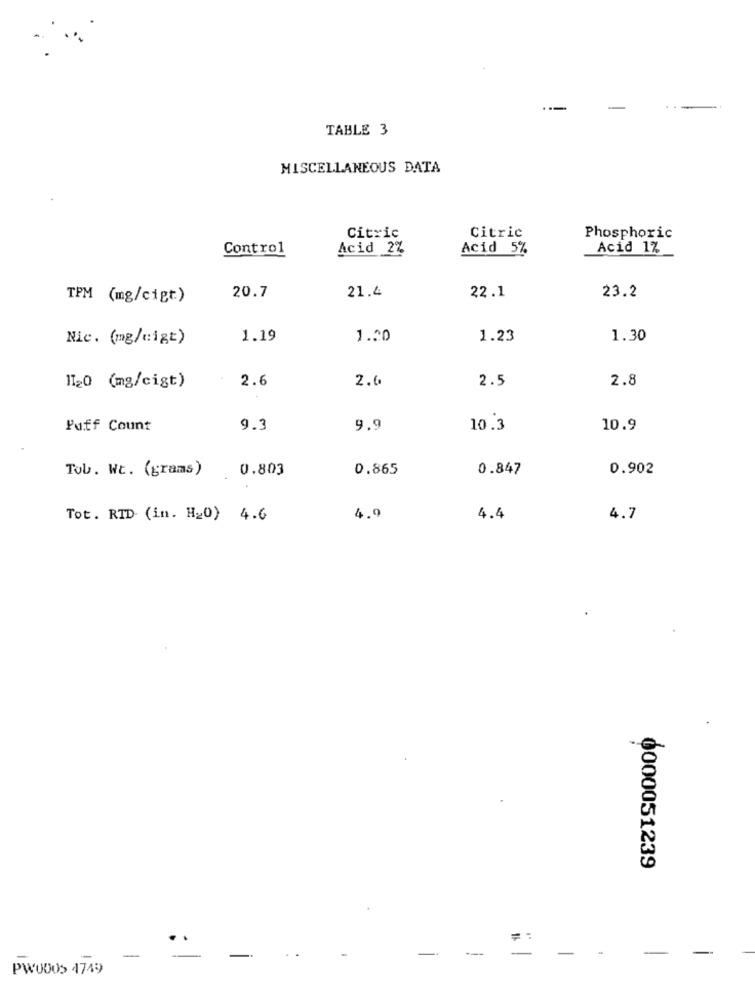
TABLE 3
MISCELLANEOUS DATA
Citric
Citric
Phosphoric
Control
Acid 2%
Acid 5%
Acid 1%
20.7
21.4
22.1
23.2
TPM (mg/cigt)
Nic. (mg/cigt)
1.19
1.20
1.23
1.30
2.6
2.6
2.5
2.8
1120 (mg/cigt)
Puff Count
9.3
9.9
10.3
10.9
Tob. Wt. (grams)
0.803
0.865
0.847
0.902
Tot. RTD (in. H20) 4.6
4.9
4.4
4.7
6000051239
---
-
-
-
PW00OS 4749